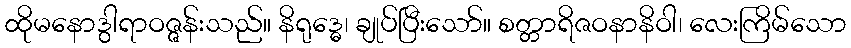
ထိုမနောဒွါရာဝဇ္ဇန်းသည်။ နိရုဒ္ဓေ၊ ချုပ်ပြီးသော်။ စတ္တာရိဇဝနာနိဝါ၊ လေးကြိမ်သော